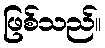
ဖြစ်သည်။